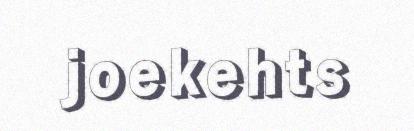
joekehts